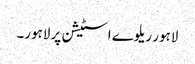
لاہور ریلوے اسٹیشن پر لاہور۔